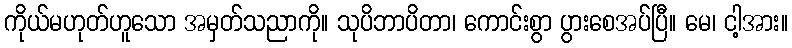
ကိုယ်မဟုတ်ဟူသော အမှတ်သညာကို။ သုပိဘာပိတာ၊ ကောင်းစွာ ပွားစေအပ်ပြီ။ မေ၊ ငါ့အား။